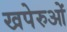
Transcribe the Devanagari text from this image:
खपेरुओं